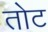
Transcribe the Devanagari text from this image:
तोट